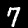
Label: 7